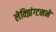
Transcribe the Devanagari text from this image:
लेक्झिंग्टनने